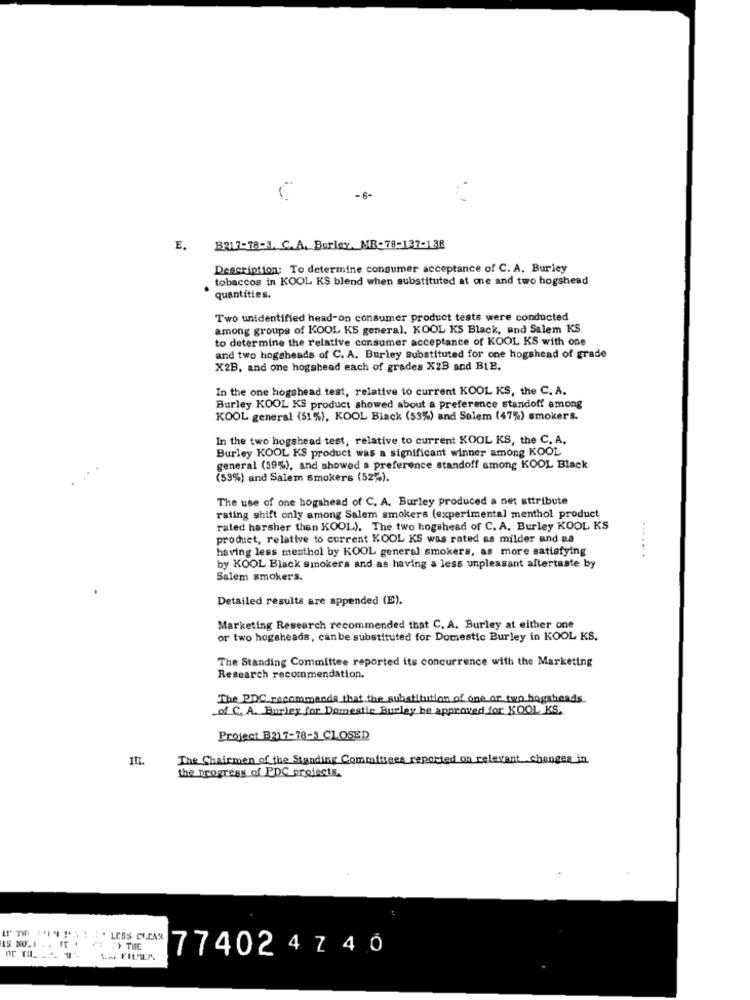
C
-6-
E.
B217-78-3. C.A. Burley. MR-78-137-138
Description: To determine consumer acceptance of C. A. Burley
tobaccos in KOOL KS blend when substituted at one and two hogshead
quantities.
Two unidentified head-on consumer product tests were conducted
among groups of KOOL KS general, KOOL KS Black, and Salem KS
to determine the relative consumer acceptance of KOOL KS with one
and two hogsheads of C. A. Burley Substituted for one hogshead of grade
X2B, and one hogshead each of grades X23 and BLE.
In the one hogshead test, relative to current KOOL KS, the C. A.
Burley KOOL KS product showed about a preference standoff among
KOOL general (51%), KOOL Black (53%) and Solem (47%) smokers.
In the two hogshead test, relative to current KOOL KS, the C. A.
Burley KOOL KS product was a significant winner among KOOL
general (59%), and showed a preference standoff among KOOL Black
(53%) and Salem smokers (52%).
The use of one hogshead of C. A. Burley produced a net attribute
rating shift only among Salem smokers (experimental menthol product
rated harsher than KOOL). The two hogshead of C. A. Burley KOOL KS
product, relative to current KOOL KS was rated as milder and aa
having less menthol by KOOL general smokers, as more satisfying
......
by KOOL Black smokers and as having a less unpleasant aftertaste by
Salem smokers.
Detailed results are appended (E).
Marketing Research recommended that C. A. Burley at either one
or two hogsheads, canbe.substituted for Domestic Burley in KOOL KS.
The Standing Committee reported its concurrence with the Marketing
Research recommendation.
The PDC recommends that the substitution of one or two hogsheads
of C. A. Burley for Domestic Burley be approved for KOOL KS.
Project B217-78-3 CLOSED
The Chairmen of the Standing Committees reported on relevant changes in
the progress of PDC projects.
IS NO.1 . . IT .
. LESS CLEAR
:) THE
77402 4740